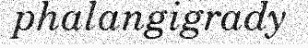
phalangigrady